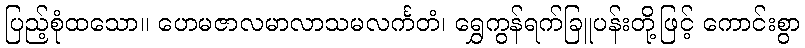
ပြည့်စုံထသော။ ဟေမဇာလမာလာသမလင်္ကတံ၊ ရွှေကွန်ရက်ခြူပန်းတို့ဖြင့် ကောင်းစွာ